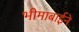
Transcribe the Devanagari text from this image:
भीमाबाईने